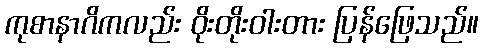
ကုစာနာဂိကလည်း ဝိုးတိုးဝါးတား ပြန်ဖြေသည်။